Report of the Indian Hemp Drugs Commission, 1894-1895 - Volume V
Year: 1894
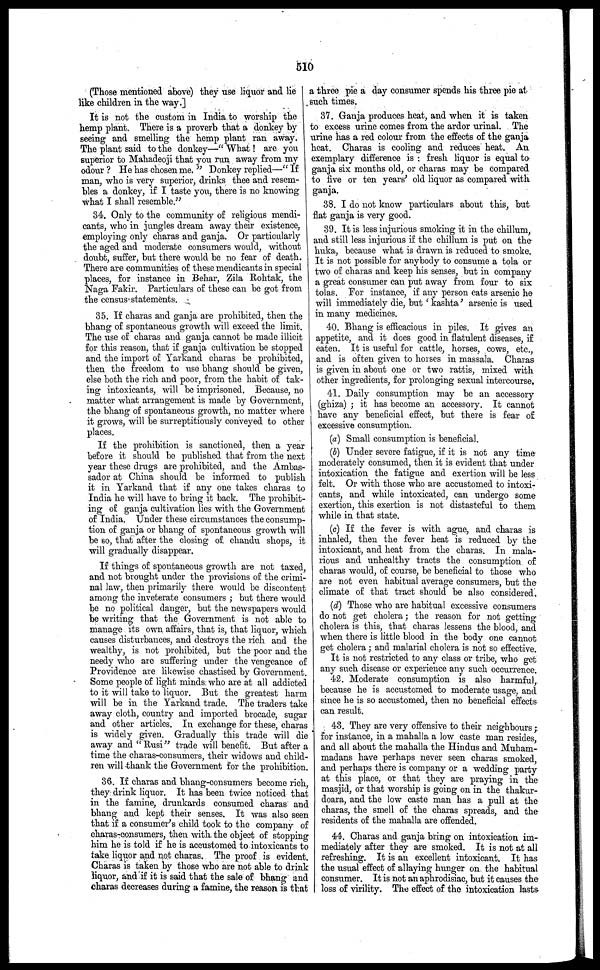
510
(Those mentioned above) they use liquor and lie
like children in the way.]
It is not the custom in India to worship the
hemp plant. There is a proverb that a donkey by
seeing and smelling the hemp plant ran away.
The plant said to the donkey—" What! are you
superior to Mahadeoji that you run away from my
odour ? He has chosen me. " Donkey replied—" If
man, who is very superior, drinks thee and resem-
bles a donkey, if I taste you, there is no knowing
what I shall resemble."
34. Only to the community of religious mendi-
cants, who in jungles dream away their existence,
employing only charas and ganja. Or particularly
the aged and moderate consumers would, without
doubt, suffer, but there would be no fear of death.
There are communities of these mendicants in special
places, for instance in Behar, Zila Rohtak, the
Naga Fakir. Particulars of these can be got from
the census statements.
35. If charas and ganja are prohibited, then the
bhang of spontaneous growth will exceed the limit.
The use of charas and ganja cannot be made illicit
for this reason, that if ganja cultivation be stopped
and the import of Yarkand charas be prohibited,
then the freedom to use bhang should be given,
else both the rich and poor, from the habit of tak-
ing intoxicants, will be imprisoned. Because, no
matter what arrangement is made by Government,
the bhang of spontaneous growth, no matter where
it grows, will be surreptitiously conveyed to other
places.
If the prohibition is sanctioned, then a year
before it should be published that from the next
year these drugs are prohibited, and the Ambas-
sador at China should be informed to publish
it in Yarkand that if any one takes charas to
India he will have to bring it back. The prohibit-
ing of: ganja cultivation lies with the Government
of India. Under these circumstances the consump-
tion of ganja or bhang of spontaneous growth will
be 60, that after the closing of chandu shops, it
will gradually disappear.
If things of spontaneous growth are not taxed,
and not brought under the provisions of the crimi-
nal law, then primarily there would be discontent
among the inveterate consumers ; but there would
be no political danger, but the newspapers would
be writing that the Government is not able to
manage its own affairs, that is, that liquor, which
causes disturbances, and destroys the rich and the
wealthy, is not prohibited, but the poor and the
needy who are suffering under the vengeance of
Providence are likewise chastised by Government.
Some people of light minds who are at all addicted
to it will take to liquor. But the greatest harm
will be in the Yarkand trade. The traders take
away cloth, country and imported brocade, sugar
and other articles. In exchange for these, charas
is widely given. Gradually this trade will die
away and "Rusi" trade will benefit. But after a
time the charas-conswmers, their widows and child-
ren will thank the Government for the prohibition.
36. If charas and bhang-consumers become rich,
they drink liquor. It has been twice noticed that
in the famine, drunkards consumed charas and
bhang and kept their senses. It was also seen
that if a consumer's child took to the company of
charas-consumers, then with the object of stopping
him he is told if he is accustomed to intoxicants to
take liquor and not charas. The proof is evident.
Charas is taken by those who are not able to drink
liquor, and if it is said that the sale of bhang and
charas decreases during a famine, the reason is that
a three pie a day consumer spends his three pie at
such times.
37. Ganja produces heat, and when it is taken
to excess urine comes from the ardor urinal. The
urine has a red colour from the effects of the ganja
heat. Charas is cooling and reduces heat. An
exemplary difference is : fresh liquor is equal to
ganja six months old, or charas may be compared
to live or ten years' old liquor as compared with
ganja.
38. I do not know particulars about this, but
flat ganja is very good.
39. It is less injurious smoking it in the chillum,
and still less injurious if the chillum is put on the
huka, because what is drawn is reduced to smoke.
It is not possible for anybody to consume a tola or
two of charas and keep his senses, but in company
a great consumer can put away from four to six
tolas. For instance, if any person eats arsenic he
will immediately die, but ' kashta' arsenic is used
in many medicines.
40. Bhang is efficacious in piles. It gives an
appetite, and it does good in flatulent diseases, if
eaten. It is useful for cattle, horses, cows, etc.,
and is often given to horses in massala. Charas
is given in about one or two rattis, mixed with
other ingredients, for prolonging sexual intercourse.
41. Daily consumption may be an accessory
(ghiza) ; it has become an accessory. It cannot
have any beneficial effect, but there is fear of
excessive consumption.
(a) Small consumption is beneficial.
(b) Under severe fatigue, if it is not any time
moderately consumed, then it is evident that under
intoxication the fatigue and exertion will be less
felt. Or with those who are accustomed to intoxi-
cants, and while intoxicated, can undergo some
exertion, this exertion is not distasteful to them
while in that state.
(c) If the fever is with ague, and charas is
inhaled, then the fever heat is reduced by the
intoxicant, and heat from the charas. In mala-
rious and unhealthy tracts the consumption of
charas would, of course, be beneficial to those who
are not even habitual average consumers, but the
climate of that tract should be also considered.
(d) Those who are habitual excessive consumers
do not get cholera; the reason for not getting
cholera is this, that charas lessens the blood, and
when there is little blood in the body one cannot
get cholera ; and malarial cholera is not so effective.
It is not restricted to any class or tribe, who get
any such disease or experience any such occurrence.
42. Moderate consumption is also harmful,
because he is accustomed to moderate usage, and
since he is so accustomed, then no beneficial effects
can result.
43. They are very offensive to their neighbours ;
for instance, in a mahalla a low caste man resides
and all about the mahalla the Hindus and Muham-
madans have perhaps never seen charas smoked,
and perhaps there is company or a wedding party
at this place, or that they are praying in the
masjid, or that worship is going on in the thakur-
doara, and the low caste man has a pull at the
charas, the smell of the charas spreads, and the
residents of the mahalla are offended.
44. Charas and ganja bring on intoxication im-
mediately after they are smoked. It is not at all
refreshing. It is an excellent intoxicant. It has
the usual effect of allaying hunger on the habitual
consumer. It is not an aphrodisiac, but it causes the
loss of virility. The effect of the intoxication lasts